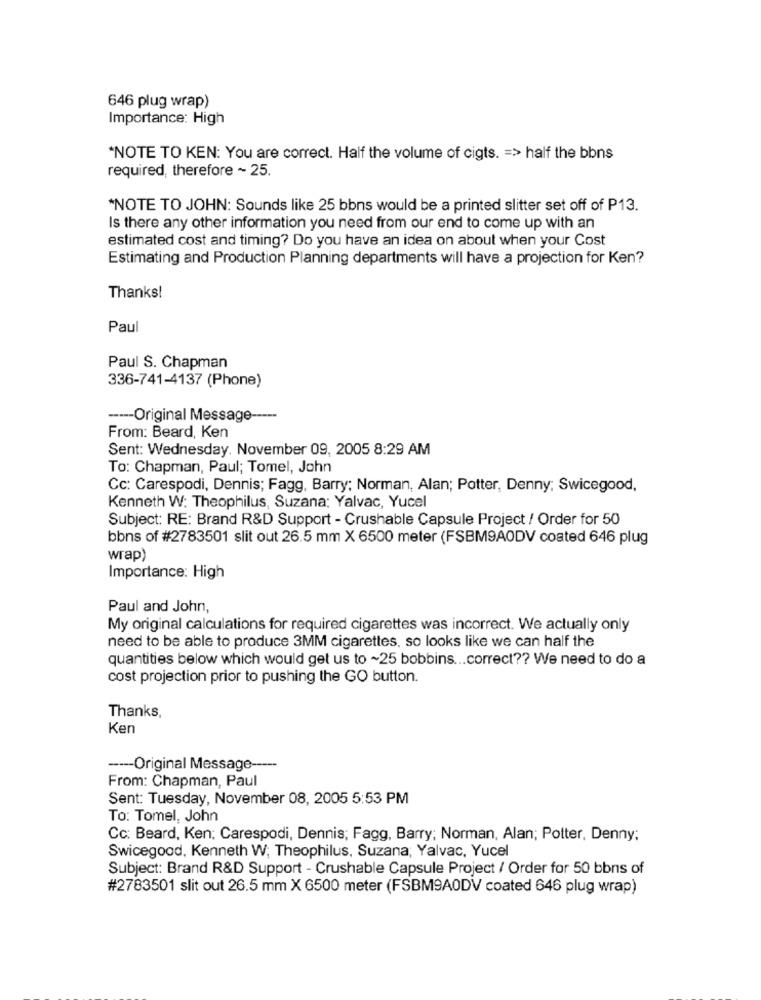
646 plug wrap)
Importance: High
"NOTE TO KEN: You are correct. Half the volume of cigts. = > half the bbns
required, therefore ~ 25.
*NOTE TO JOHN: Sounds like 25 bbns would be a printed slitter set off of P13.
Is there any other information you need from our end to come up with an
estimated cost and timing? Do you have an idea on about when your Cost
Estimating and Production Planning departments will have a projection for Ken?
Thanks!
Paul
Paul S. Chapman
336-741-4137 (Phone)
----- Original Message
From: Beard, Ken
Sent: Wednesday. November 09, 2005 8:29 AM
To: Chapman, Paul; Tomel, John
Cc: Carespodi, Dennis; Fagg, Barry; Norman, Alan; Potter, Denny; Swicegood,
Kenneth W: Theophilus, Suzana: Yalvac, Yucel
Subject: RE: Brand R&D Support - Crushable Capsule Project / Order for 50
bbns of #2783501 slit out 26.5 mm X 6500 meter (FSBM9A0DV coated 646 plug
wrap)
Importance: High
Paul and John,
My original calculations for required cigarettes was incorrect. We actually only
need to be able to produce 3MM cigarettes, so looks like we can half the
quantities below which would get us to ~25 bobbins ... correct ?? We need to do a
cost projection prior to pushing the GO button.
Thanks,
Ken
----- Original Message -----
From: Chapman, Paul
Sent: Tuesday, November 08, 2005 5:53 PM
To: Tomel, John
Cc: Beard, Ken; Carespodi, Dennis; Fagg, Barry; Norman, Alan; Potter, Denny;
Swicegood, Kenneth W; Theophilus, Suzana; Yalvac, Yucel
Subject: Brand R&D Support - Crushable Capsule Project / Order for 50 bbns of
#2783501 slit out 26.5 mm X 6500 meter (FSBM9A0DV coated 646 plug wrap)